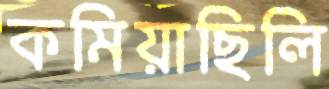
কমিয়াছিলি